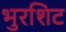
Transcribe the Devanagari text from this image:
भुरशिट